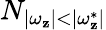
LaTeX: N_{|\omega_{\mathbf{z}}|<|\omega_{\mathbf{z}}^{*}|}